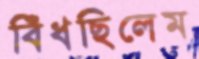
বিঁধছিলেম